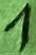
Text: 1